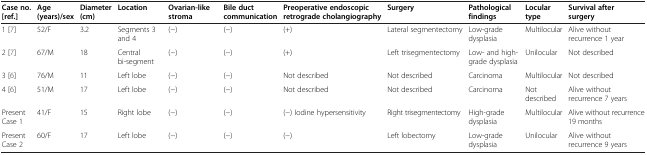
<table><thead><tr><td><b>Case no. [ref.]</b></td><td><b>Age (years)/sex</b></td><td><b>Diameter (cm)</b></td><td><b>Location</b></td><td><b>Ovarian-like stroma</b></td><td><b>Bile duct communication</b></td><td><b>Preoperative endoscopic retrograde cholangiography</b></td><td><b>Surgery</b></td><td><b>Pathological findings</b></td><td><b>Locular type</b></td><td><b>Survival after surgery</b></td></tr></thead><tbody><tr><td>1 [7]</td><td>52/F</td><td>3.2</td><td>Segments 3 and 4</td><td>(-)</td><td>(-)</td><td>(+)</td><td>Lateral segmentectomy</td><td>Low-grade dysplasia</td><td>Multilocular</td><td>Alive without recurrence 1 year</td></tr><tr><td>2 [7]</td><td>67/M</td><td>18</td><td>Central bi-segment</td><td>(-)</td><td>(-)</td><td>(+)</td><td>Left trisegmentectomy</td><td>Low- and high-grade dysplasia</td><td>Unilocular</td><td>Not described</td></tr><tr><td>3 [6]</td><td>76/M</td><td>11</td><td>Left lobe</td><td>(-)</td><td>(-)</td><td>Not described</td><td>Not described</td><td>Carcinoma</td><td>Multilocular</td><td>Not described</td></tr><tr><td>4 [6]</td><td>51/M</td><td>17</td><td>Left lobe</td><td>(-)</td><td>(-)</td><td>Not described</td><td>Not described</td><td>Carcinoma</td><td>Not described</td><td>Alive without recurrence 7 years</td></tr><tr><td>Present Case 1</td><td>41/F</td><td>15</td><td>Right lobe</td><td>(-)</td><td>(-)</td><td>(-) Iodine hypersensitivity</td><td>Right trisegmentectomy</td><td>High-grade dysplasia</td><td>Multilocular</td><td>Alive without recurrence 19 months</td></tr><tr><td>Present Case 2</td><td>60/F</td><td>17</td><td>Left lobe</td><td>(-)</td><td>(-)</td><td>(-)</td><td>Left lobectomy</td><td>Low-grade dysplasia</td><td>Unilocular</td><td>Alive without recurrence 9 years</td></tr></tbody></table>